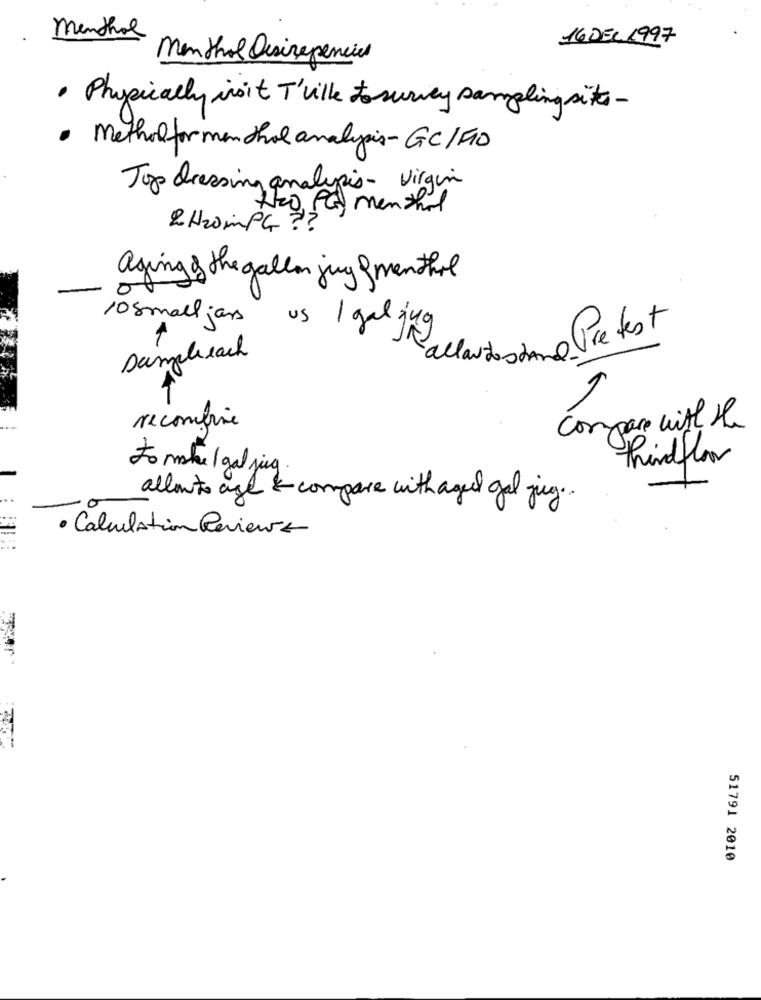
menthol
16 DEL.1997
Menthol Desirepencies
· Physically insit T'ville tosurvey sampling site-
· Methodformenthol analysis-GC/F10
Top dressing analysis- virgin
He Pa menthol
2 H2MPG ??
aging & the gallon jug & menthol
10small jars
us I galjug
Wartostand Pretest
Danabeach
Compare with the
recomfrie
thirdflow
To make/ gal jug
allowto age & compare with aguil gal jug ..
· Calculation Reviewrz
51791 2010